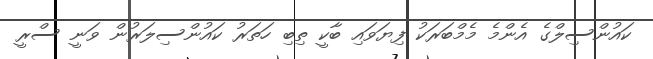
ކައުންސިލްގެ އެންމެ މެމްބަރަކު ފިޔަވައި ބާކީ ތިބި ހަތަރު ކައުންސިލަރުން ވަނީ ސްރީ